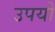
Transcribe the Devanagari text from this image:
उपयो